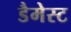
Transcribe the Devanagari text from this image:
डैमेस्ट